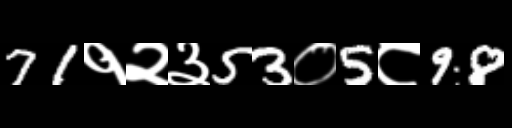
Text: 71१२३53०5८98